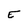
Character: E